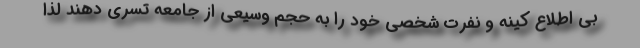
بی اطلاع کینه و نفرت شخصی خود را به حجم وسیعی از جامعه تسری دهند لذا